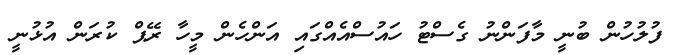
ފުލުހުން ބުނީ މާފަންނު ގެސްޓު ހައުސްއެއްގައި އަންހެން މީހާ ރޭޕް ކުރަން އުޅުނީ